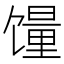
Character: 䭪